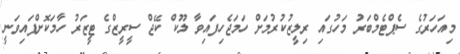
މިއަހަރުގެ ސެޕްޓެމްބަރު މަހުގައި ރިލީޒުކުރުމަށް ހަމަޖެހިފައިވާ ލޫކް ކޭޖް ސީރީޒްގެ ޓީޒަރު ހާމަކޮށްފައިވަނީ